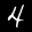
Label: 4